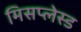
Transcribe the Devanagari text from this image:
मिसप्लेस्ड